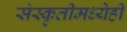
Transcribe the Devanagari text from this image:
संस्कृतीमध्येही